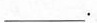
___。